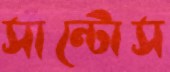
সান্টোস